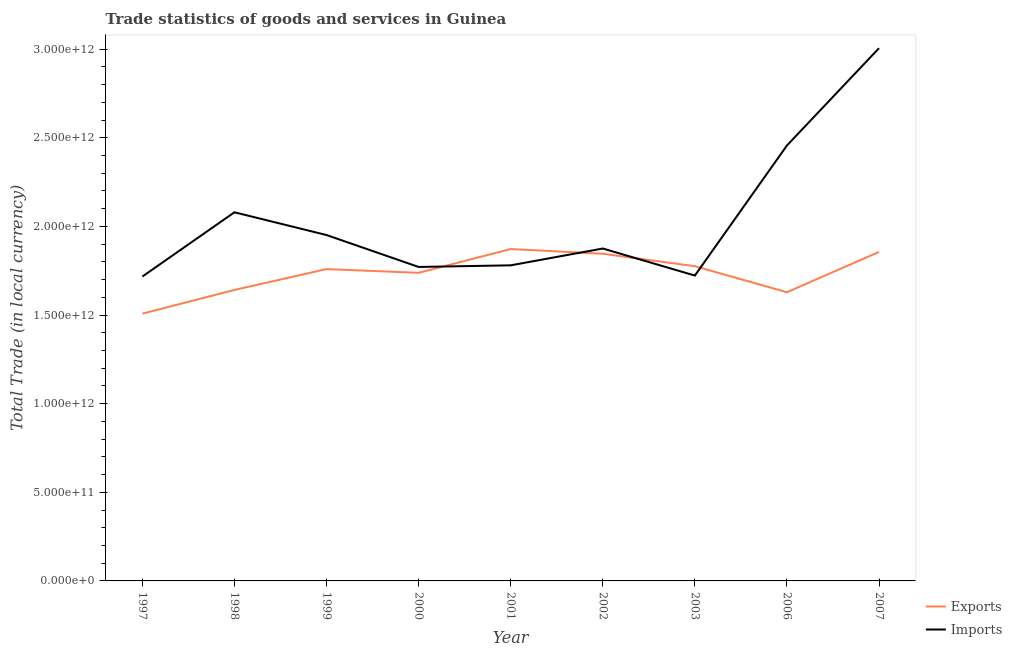
| Year | Exports | Imports |
 | --- | --- | --- |
 | 1997 | 1.51e+12 | 1.72e+12 |
 | 1998 | 1.64e+12 | 2.08e+12 |
 | 1999 | 1.76e+12 | 1.95e+12 |
 | 2000 | 1.74e+12 | 1.77e+12 |
 | 2001 | 1.87e+12 | 1.78e+12 |
 | 2002 | 1.85e+12 | 1.88e+12 |
 | 2003 | 1.78e+12 | 1.72e+12 |
 | 2006 | 1.63e+12 | 2.46e+12 |
 | 2007 | 1.86e+12 | 3.01e+12 |